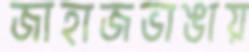
জাহাজভাঙায়